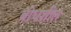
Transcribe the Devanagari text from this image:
बोधशील